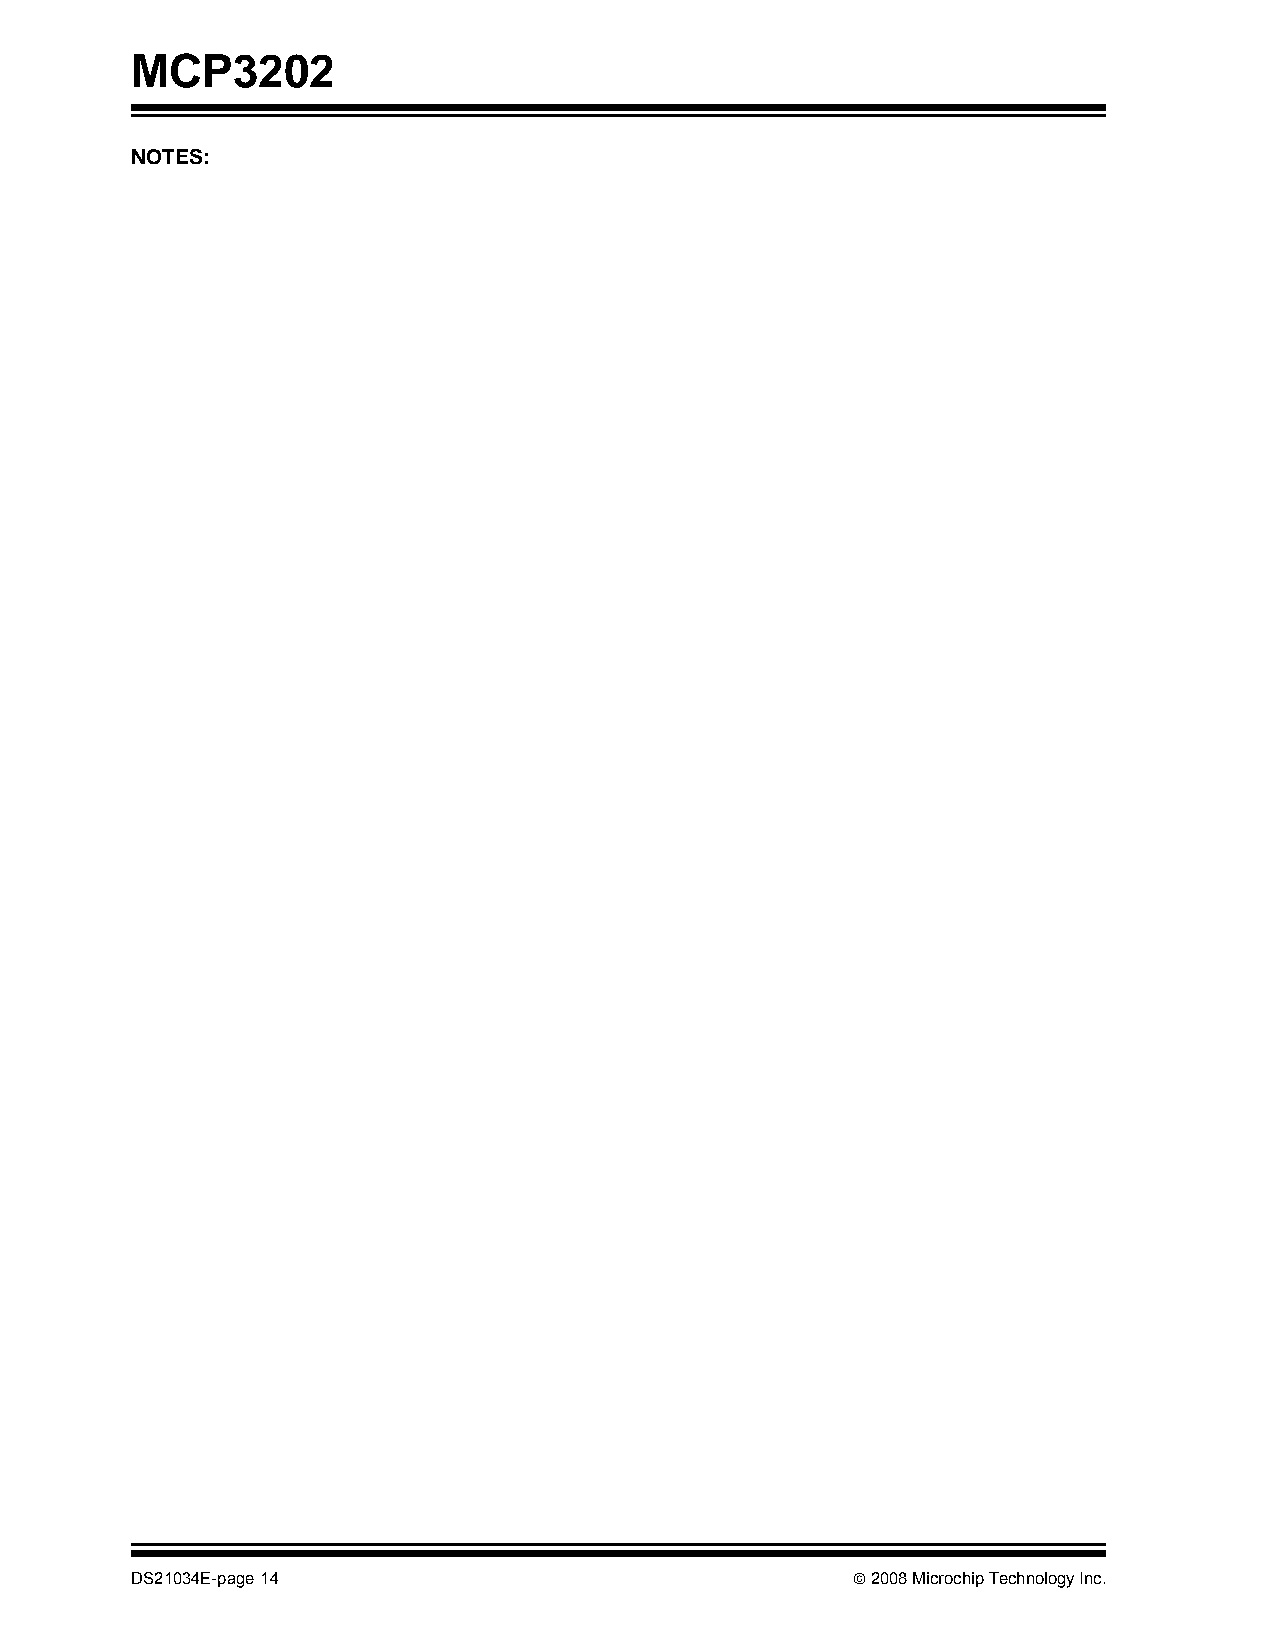
MCP3202
 NOTES:
 DS21034E-page 14                               © 2008 Microchip Technology Inc.